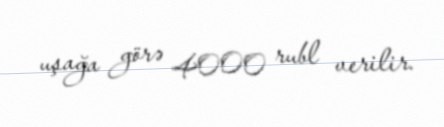
uşağa görə 4000 rubl verilir.